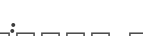
: